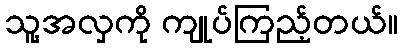
သူ့အလှကို ကျုပ်ကြည့်တယ်။